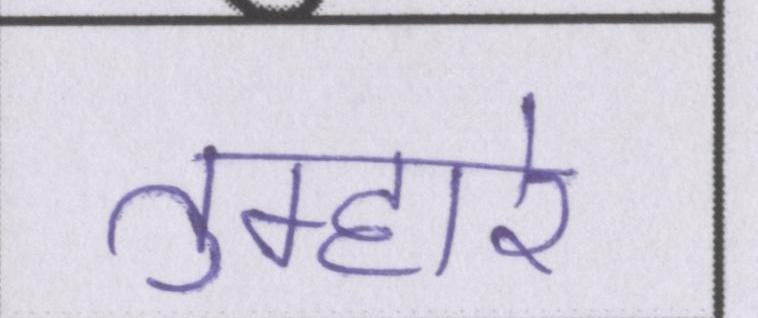
तुम्हारे